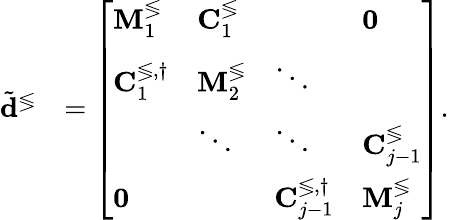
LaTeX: \begin{array}{rl}{\tilde{\mathbf{d}}^{\lessgtr}}&{=\left[\begin{array}{llll}{\mathbf{M}_{1}^{\lessgtr}}&{\mathbf{C}_{1}^{\lessgtr}}&&{\mathbf{0}}\\ {\mathbf{C}_{1}^{\lessgtr,\dagger}}&{\mathbf{M}_{2}^{\lessgtr}}&{\ddots}\\ &{\ddots}&{\ddots}&{\mathbf{C}_{j-1}^{\lessgtr}}\\ {\mathbf{0}}&&{\mathbf{C}_{j-1}^{\lessgtr,\dagger}}&{\mathbf{M}_{j}^{\lessgtr}}\end{array}\right].}\end{array}